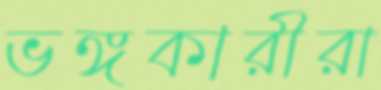
ভঙ্গকারীরা